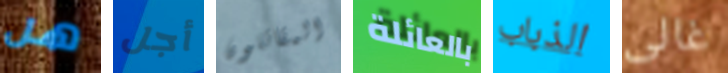
هل أجل المقاتلون بالعائلة الذباب غالى